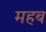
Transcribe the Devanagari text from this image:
महब